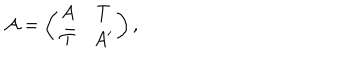
LaTeX: { \mathcal A } = \left( \begin{array} { c c } { { A } } & { { T } } \\ { { \bar { T } } } & { { A ^ { \prime } } } \\ \end{array} \right) ,